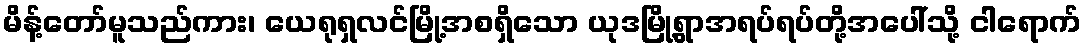
မိန့်တော်မူသည်ကား၊ ယေရုရှလင်မြို့အစရှိသော ယုဒမြို့ရွာအရပ်ရပ်တို့အပေါ်သို့ ငါရောက်